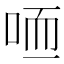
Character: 𠳍